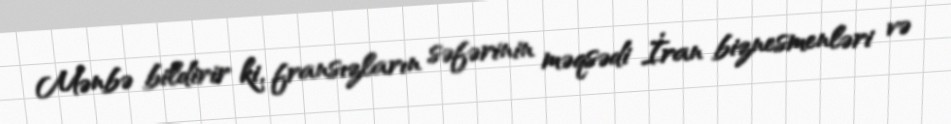
Mənbə bildirir ki, fransızların səfərinin məqsədi İran biznesmenləri və